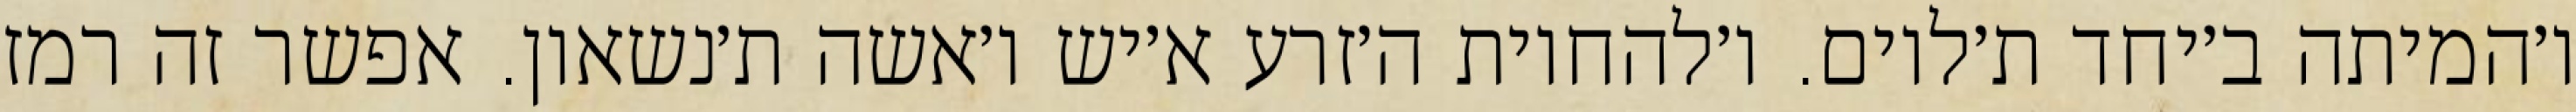
ו׳המיתה ב׳יחד ת׳לוים. ו׳להחיות ה׳זרע א׳יש ו׳אשה ת׳נשאון. אפשר זה רמז